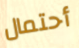
أحتمال